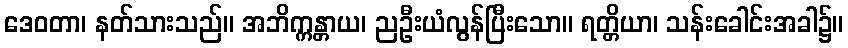
ဒေဝတာ၊ နတ်သားသည်။ အဘိက္ကန္တာယ၊ ညဦးယံလွန်ပြီးသော။ ရတ္တိယာ၊ သန်းခေါင်းအခါ၌။